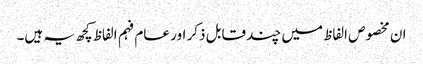
ان مخصوص الفاظ میں چند قابل ذکر اور عام فہم الفاظ کچھ یہ ہیں۔